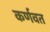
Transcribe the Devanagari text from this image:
कर्णवत